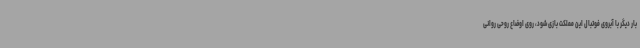
بار دیگر با آبروی فوتبال این مملکت بازی شود، روی اوضاع روحی روانی